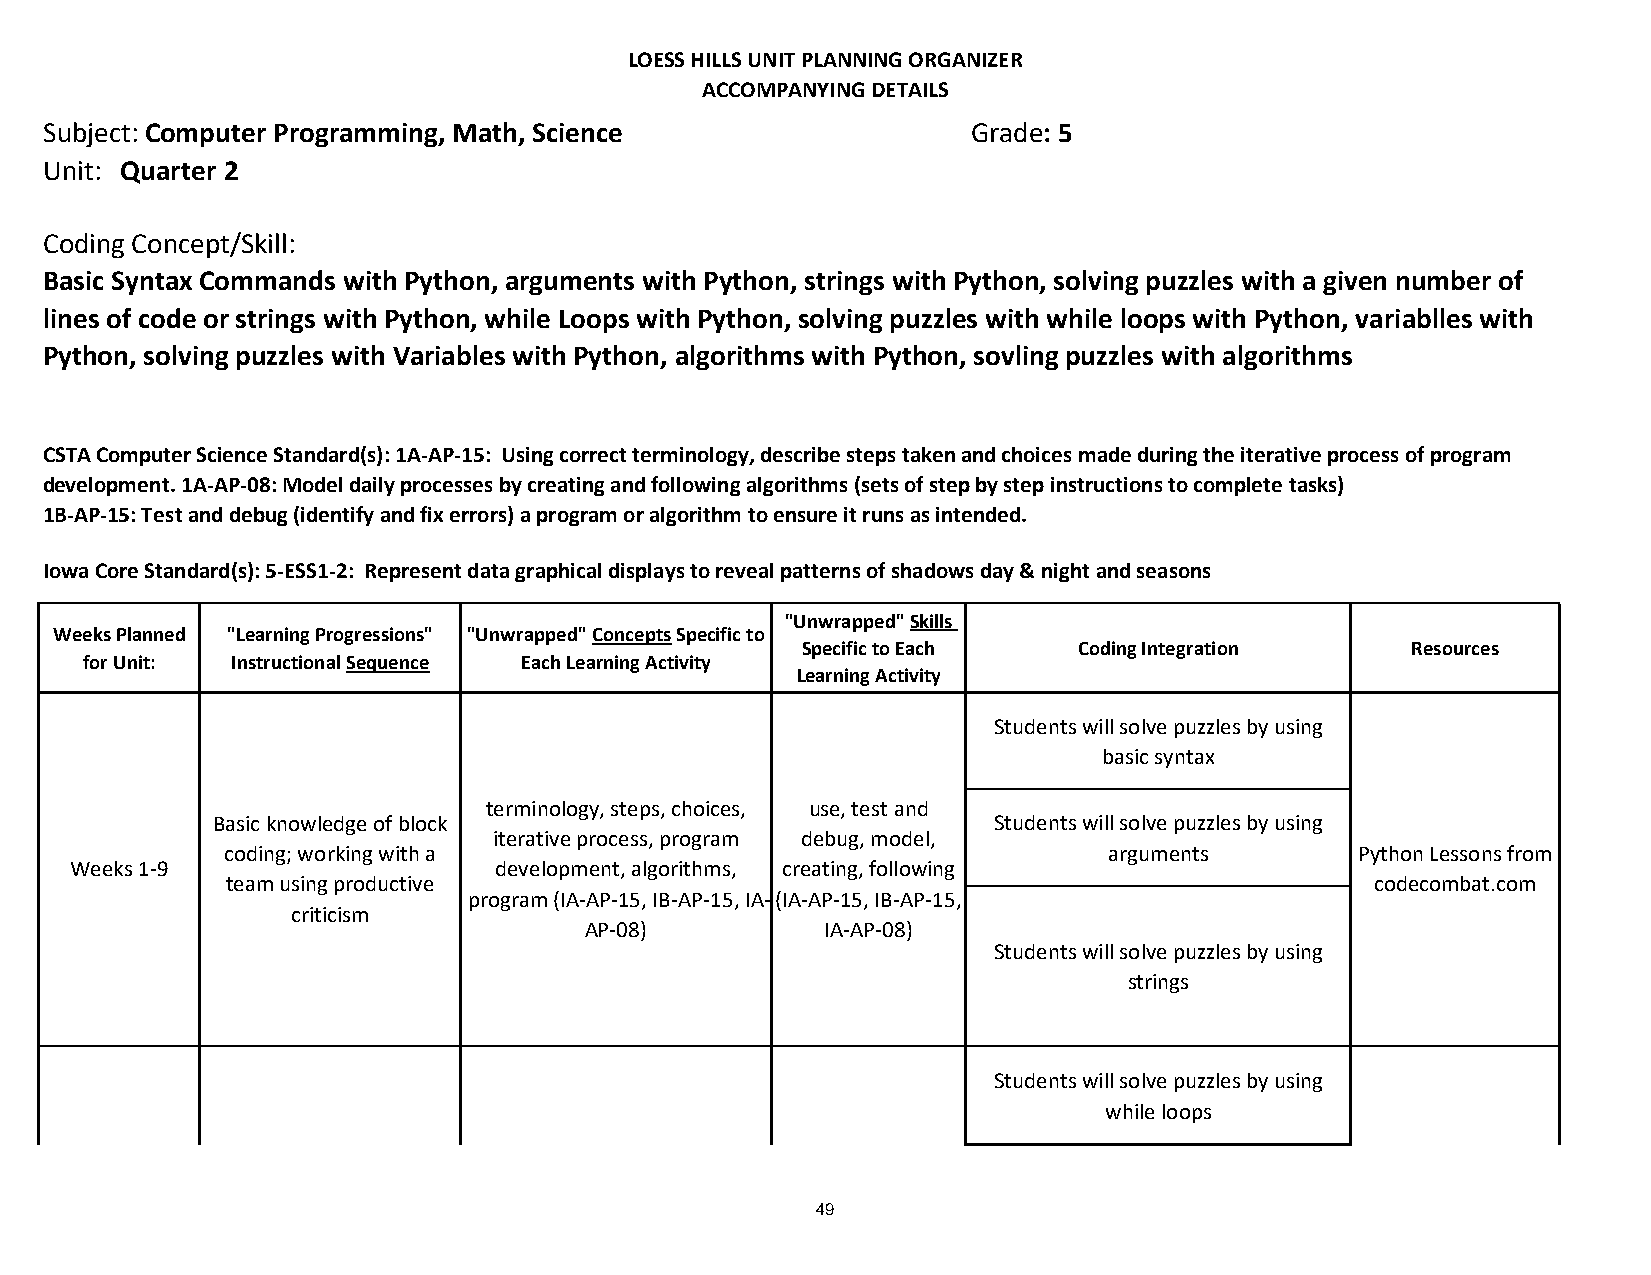
LOESS HILLS UNIT PLANNING ORGANIZER
 ACCOMPANYING DETAILS
 Subject: Computer Programming, Math, Science                 Grade: 5
 Unit: Quarter 2
 Coding Concept/Skill:
 Basic Syntax Commands with Python, arguments with Python, strings with Python, solving puzzles with a given number of
 lines of code or strings with Python, while Loops with Python, solving puzzles with while loops with Python, variablles with
 Python, solving puzzles with Variables with Python, algorithms with Python, sovling puzzles with algorithms
 CSTA Computer Science Standard(s): 1A-AP-15: Using correct terminology, describe steps taken and choices made during the iterative process of program
 development. 1A-AP-08: Model daily processes by creating and following algorithms (sets of step by step instructions to complete tasks)
 1B-AP-15: Test and debug (identify and fix errors) a program or algorithm to ensure it runs as intended.
 Iowa Core Standard(s): 5-ESS1-2: Represent data graphical displays to reveal patterns of shadows day & night and seasons
 "Unwrapped" Skills
 Weeks Planned "Learning Progressions" "Unwrapped" Concepts Specific to
 Specific to Each  Coding Integration    Resources
 for Unit: Instructional Sequence Each Learning Activity
 Learning Activity
 Students will solve puzzles by using
 basic syntax
 terminology, steps, choices, use, test and
 Basic knowledge of block                            Students will solve puzzles by using
 iterative process, program debug, model,
 coding; working with a                                    arguments        Python Lessons from
 Weeks 1-9                   development, algorithms, creating, following
 team using productive                                                       codecombat.com
 program (IA-AP-15, IB-AP-15, IA-(IA-AP-15, IB-AP-15,
 criticism
 AP-08)          IA-AP-08)
 Students will solve puzzles by using
 strings
 Students will solve puzzles by using
 while loops
 terminology, steps, choices, use, test and
 Basic knowledge of block
 iterative process, program de4b9ug, model,
 coding; working with a                                                     Python Lessons from
 Weeks 1-9                   development, algorithms, creating, following
 team using productive                                                       codecombat.com
 program (IA-AP-15, IB-AP-15, IA-(IA-AP-15, IB-AP-15,
 criticism
 AP-08)          IA-AP-08)